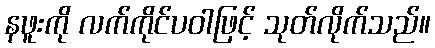
နဖူးကို လက်ကိုင်ပဝါဖြင့် သုတ်လိုက်သည်။